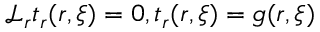
\mathcal { L } _ { \boldsymbol { r } } t _ { r } ( \boldsymbol { r } , \boldsymbol { \xi } ) = 0 , t _ { r } ( \boldsymbol { r } , \boldsymbol { \xi } ) = g ( \boldsymbol { r } , \boldsymbol { \xi } )